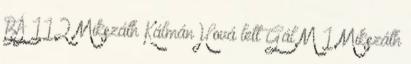
BÁ 112 Mikszáth KálmánHová lett Gál M 1 Mikszáth